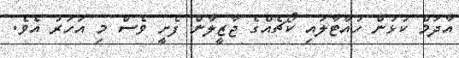
އާދަމް ކުޅުން ހުއްޓާލައި ކޯޗެއްގެ ޖާޒީލާން ފެށީ ވެސް މި އަހަރު އެވެ.